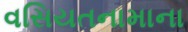
વસિયતનામાના